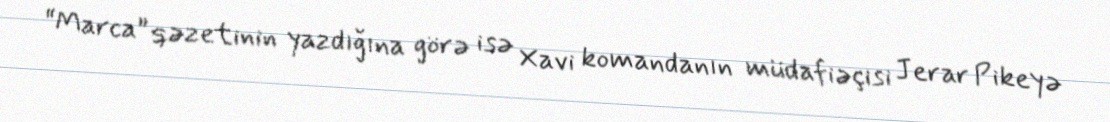
“Marca” qəzetinin yazdığına görə isə Xavi komandanın müdafiəçisi Jerar Pikeyə